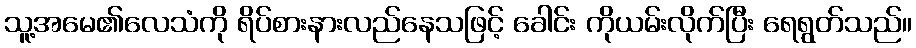
သူ့အမေ၏လေသံကို ရိပ်စားနားလည်နေသဖြင့် ခေါင်း ကိုယမ်းလိုက်ပြီး ရေရွတ်သည်။